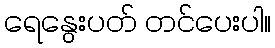
ရေနွေးပတ် တင်ပေးပါ။